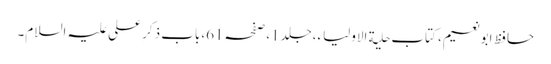
حافظ ابونعیم، کتاب حلیة الاولیاء،جلد1،صفحہ61،بابِ ذکر ِعلی علیہ السلام۔